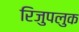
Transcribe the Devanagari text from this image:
रिजुपलुक